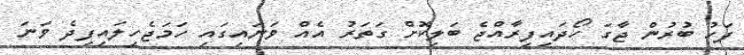
ފަހު ބުރުން ޖާގަ ހޯދައިފިރާއްޖެ ބަލިކޮށް ގަތަރު އެއް ވަނައިގައި ހަަަމަޖެހިލައިފިދެ ވަނަ